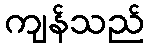
ကျန်သည်